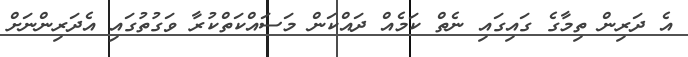
އެ ދަރިން ތިމާގެ ގައިގައި ނެތް ކަމެއް ދައްކަން މަސައްކަތްކުރާ ވަގުތުގައި އެދަރިންނަށް